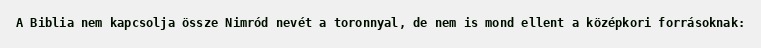
A Biblia nem kapcsolja össze Nimród nevét a toronnyal, de nem is mond ellent a középkori forrásoknak: